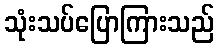
သုံးသပ်ပြောကြားသည်